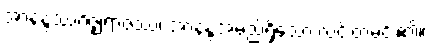
အာနန္ဒဿဂိဇ္ဈရာဇဿ၊ အာနန္ဒအမည်ရှိသော လင်းတမင်း၏။